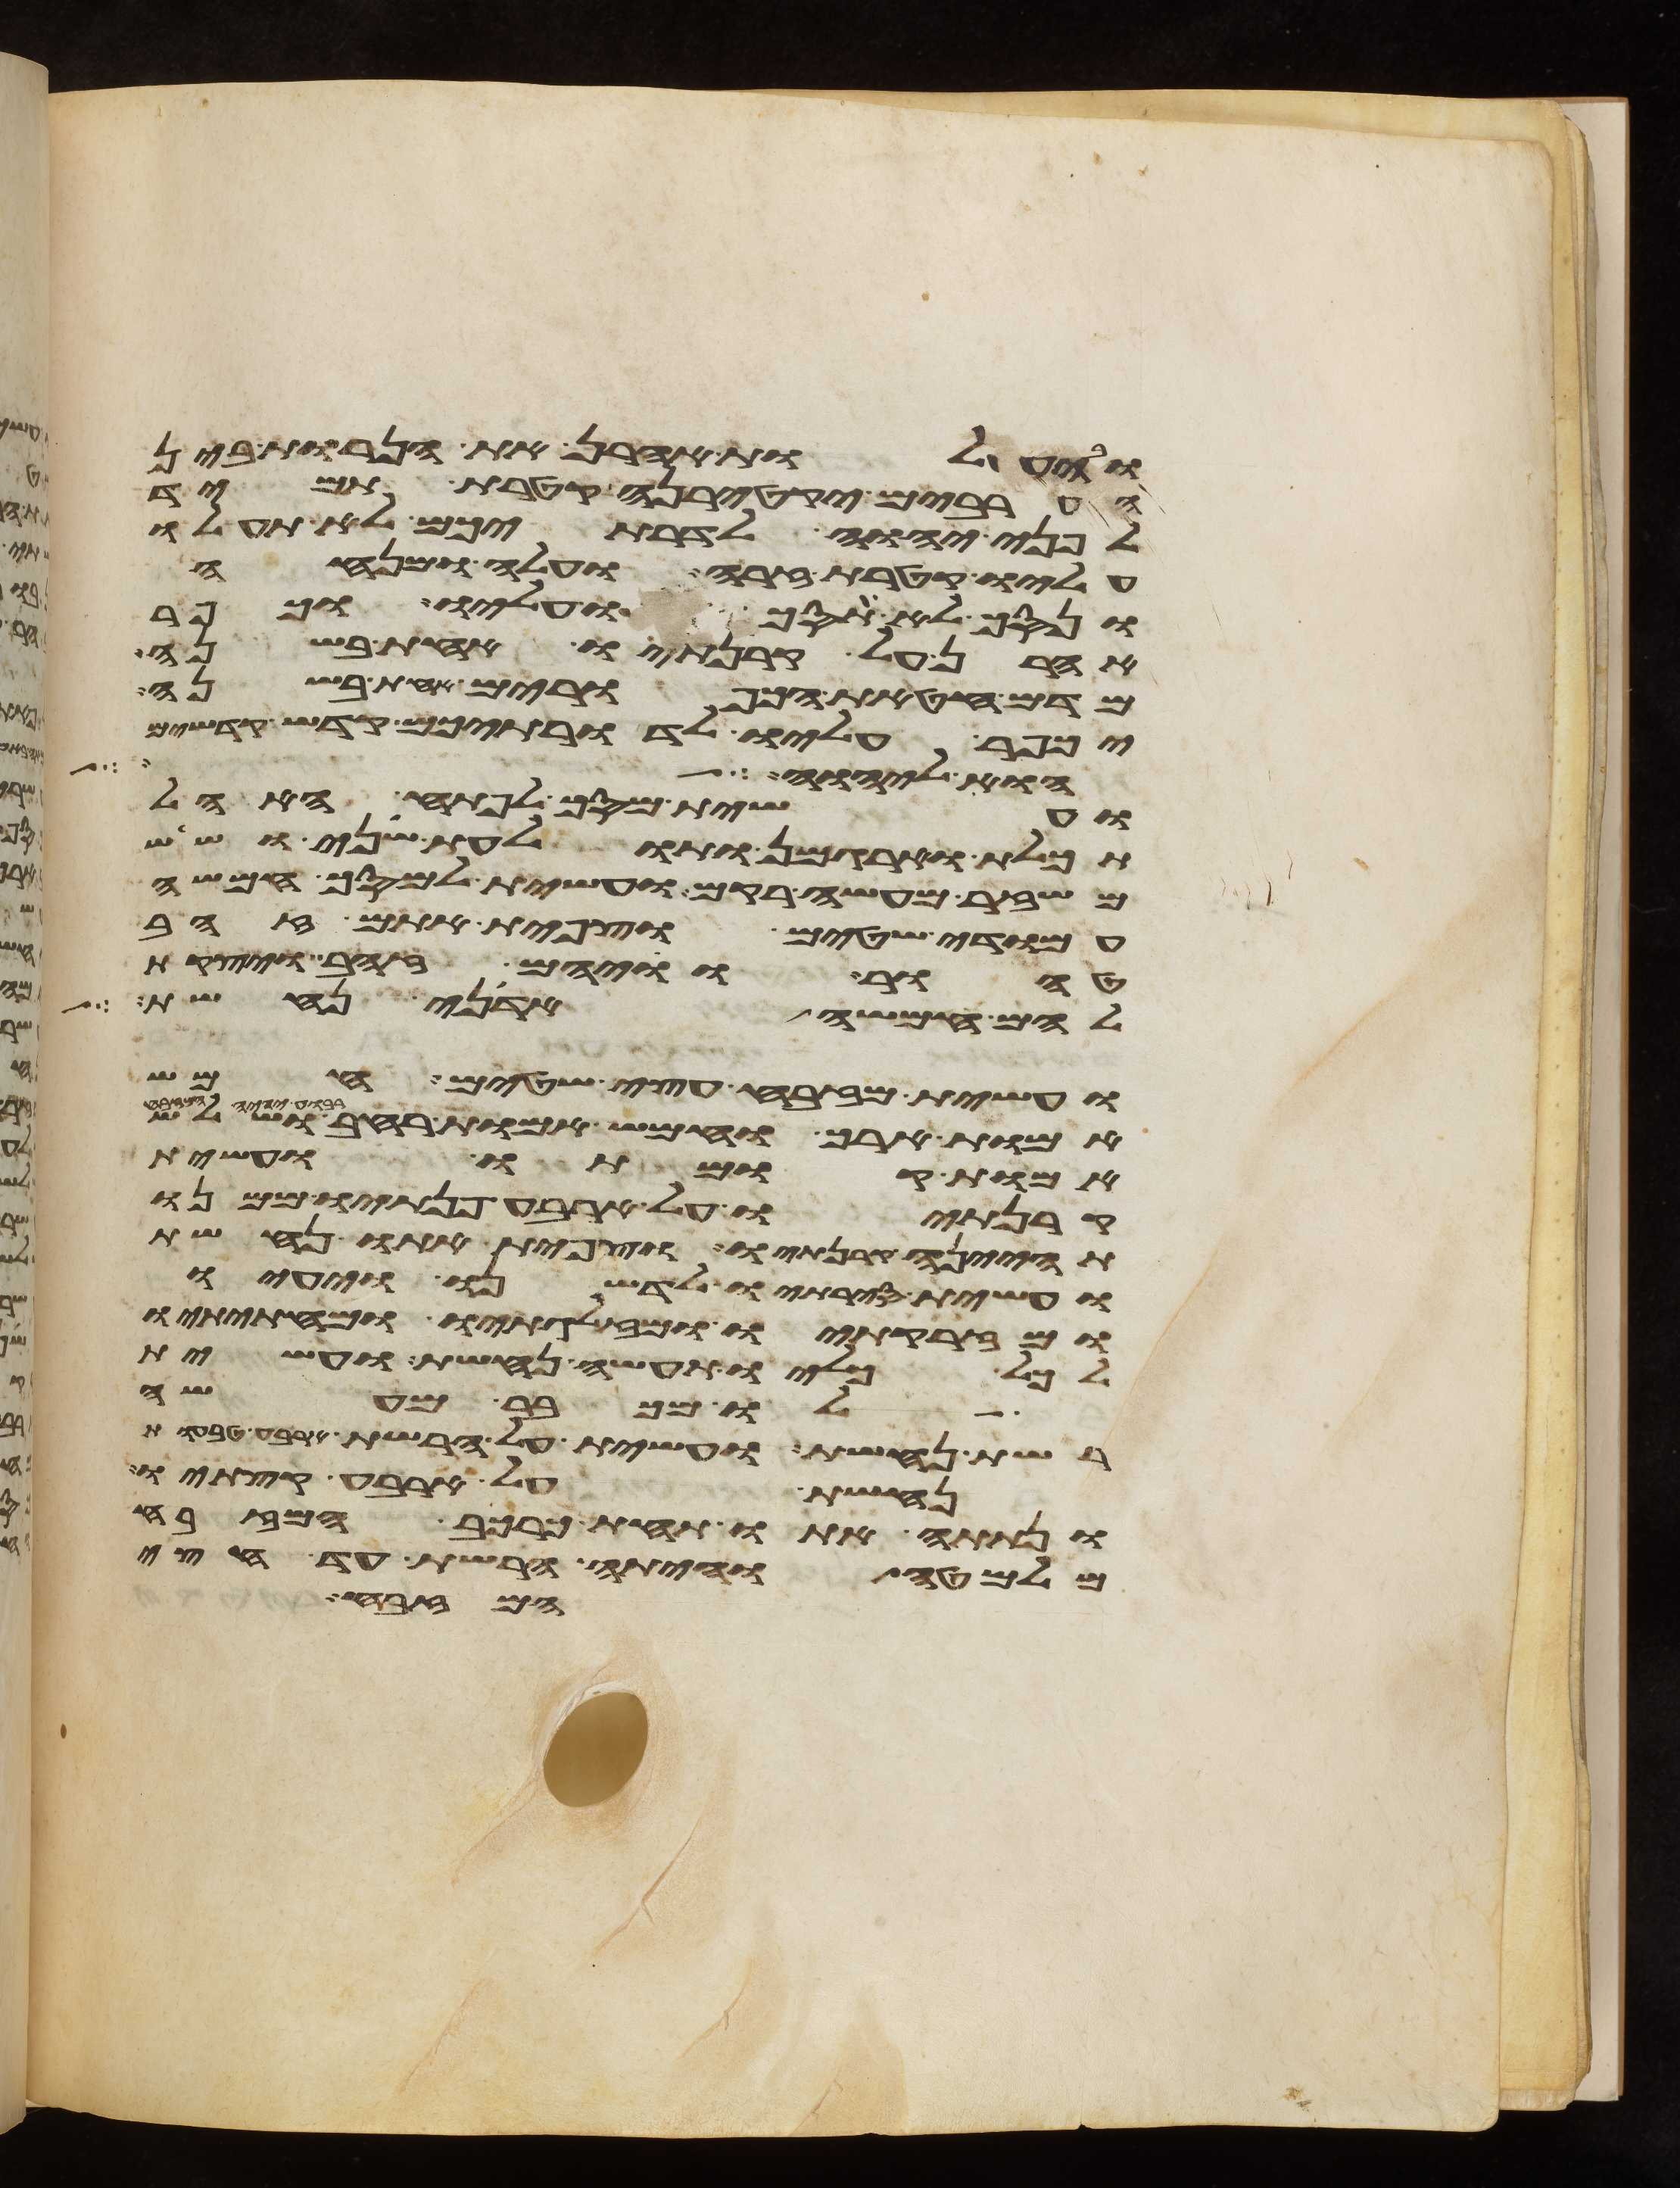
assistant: ובהעלות אהרן את הנרות בין
הערבים יקטירנה קטרת תמיד
לפני יהוה לדרתיכם לא תעלו
עליו קטרת זרה ועלה ומנחה
ונסך לא תסכו עליו וכפר
אהרן על קרנתיו אחת בשנה
מדם חטאת הכפורים אחת בשנה
יכפר עליו לדרתיכם קדש קדשים
הוא ליהוה כל
ועשית מסך לפתח האהל
תכלת וארגמן ותולעת שני ושש
משזר מעשה רקם ועשית למסך חמשה
עמודי שטים וצפית אתם זהב
טהור וויהם זהב ויצקת
להם חמשה אדני נחשת
ועשית מזבח עצי שטים חמש
אמות ארך וחמש אמות רחב ושלש
אמות קומתו ועשית
קרנתיו על ארבע פנתיו ממנו
תהינה קרנתיו וצפית אתו נחשת
ועשית סירתיו לדשנו ויעיו
ומזרקתיו ומזלגתיו ומחתיתיו
לכל כליו תעשה נחשת ועשית
לו מכבר מעשה
רשת נחשת ועשית על הרשת ארבע טבעות
נחשת על ארבע קצתיו
ונתתה אתו תחת כרכב המזבח
מלמטה והיתה הרשת עד חצי
המזבח